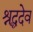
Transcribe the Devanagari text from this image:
श्रद्धदेव